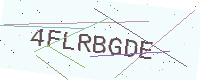
Text: 4FLRBGDE